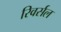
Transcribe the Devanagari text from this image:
रिवर्सल